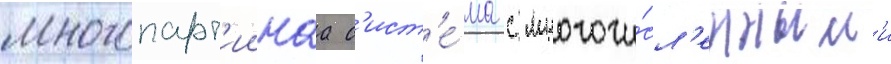
многопарт'иинаа с'ист'е́ма с многочи́сл'енным'и